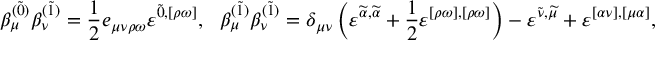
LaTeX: \beta _ { \mu } ^ { ( \widetilde { 0 } ) } \beta _ { \nu } ^ { ( \widetilde { 1 } ) } = \frac { 1 } { 2 } e _ { \mu \nu \rho \omega } \varepsilon ^ { \widetilde { 0 } , [ \rho \omega ] } , ~ ~ \beta _ { \mu } ^ { ( \widetilde { 1 } ) } \beta _ { \nu } ^ { ( \widetilde { 1 } ) } = \delta _ { \mu \nu } \left( \varepsilon ^ { \widetilde { \alpha } , \widetilde { \alpha } } + \frac { 1 } { 2 } \varepsilon ^ { [ \rho \omega ] , [ \rho \omega ] } \right) - \varepsilon ^ { \widetilde { \nu } , \widetilde { \mu } } + \varepsilon ^ { [ \alpha \nu ] , [ \mu \alpha ] } ,